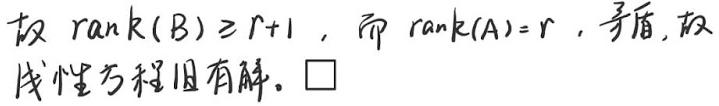
故 $\mathrm{rank}(B)\geq r + 1$，而 $\mathrm{rank}(A)=r$，矛盾, 故线性方程组有解。$\square$